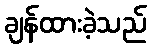
ချန်ထားခဲ့သည်